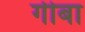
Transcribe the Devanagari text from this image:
गीबा